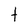
Character: t